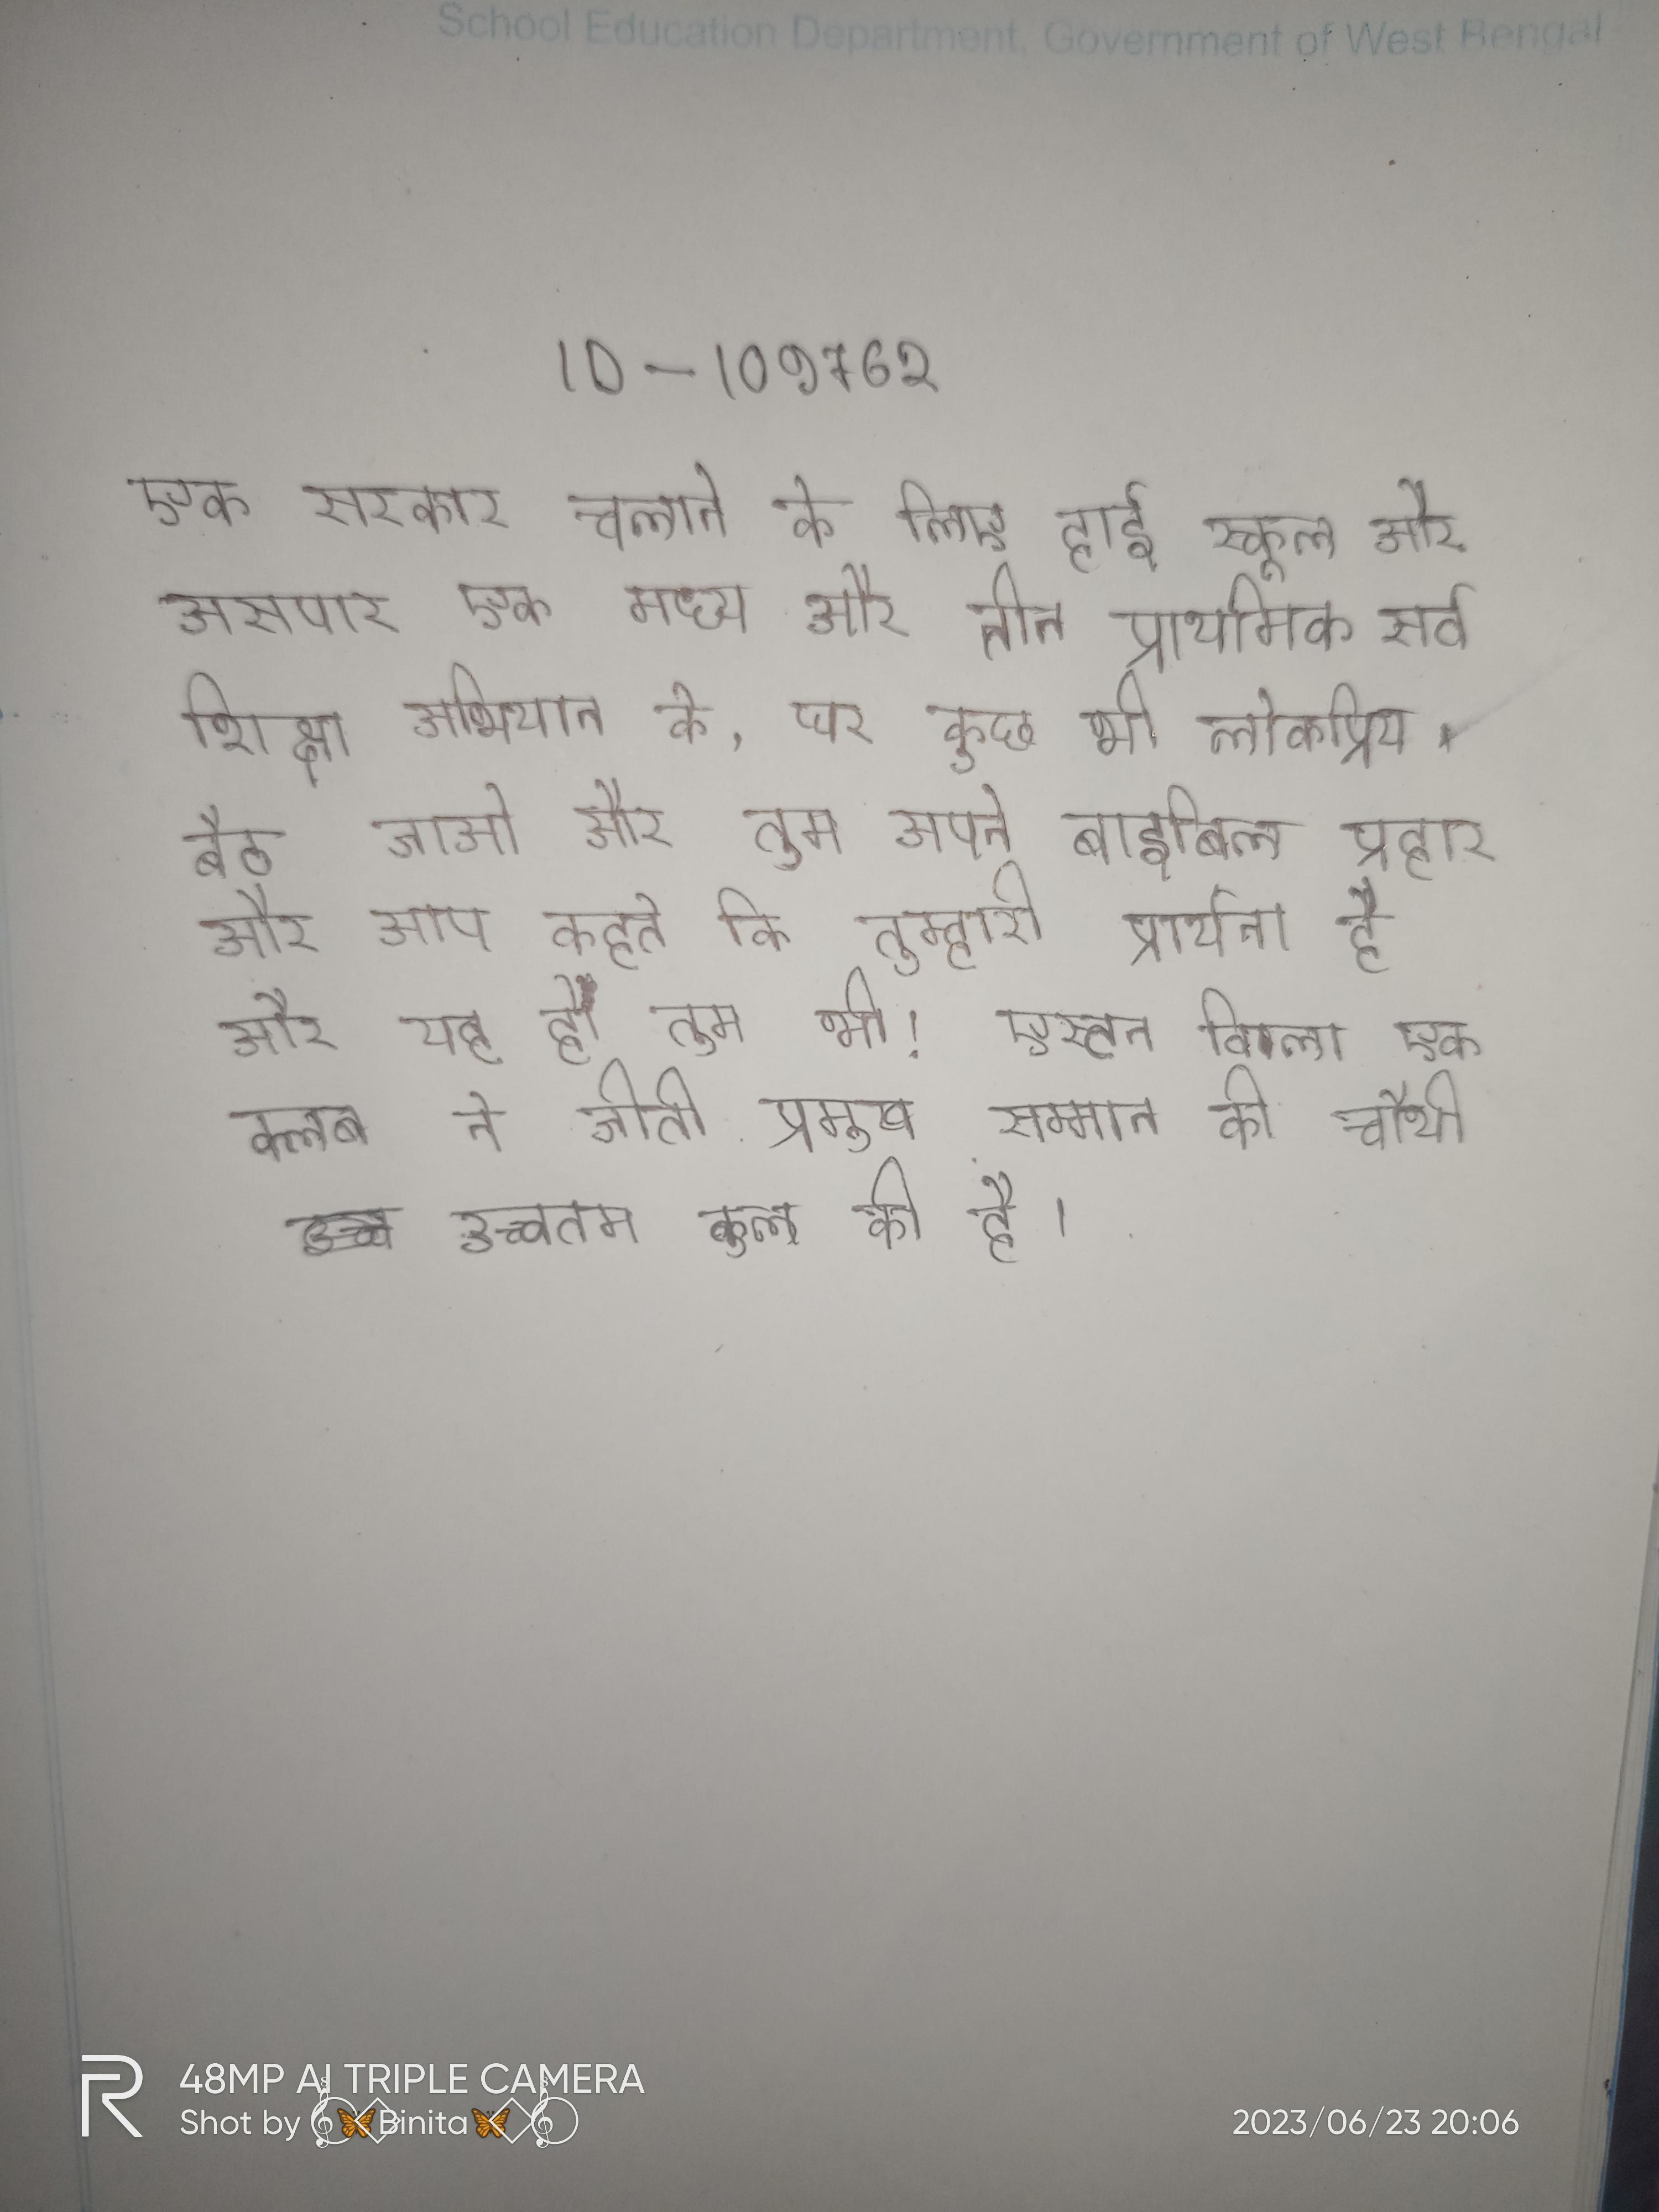
एक सरकार चलाने के लिए हाई स्कूल और आसपास एक मध्य और तीन प्राथमिक सर्व शिक्षा अभियान के . घर कुछ भी लोकप्रिय । बैठ जाओ और तुम अपने बाइबिल प्रहार और आप कहते कि तुम्हारी प्रार्थना है और यह हो तुम भी! एस्टन विला एक क्लब ने जीती प्रमुख सम्मान की चौथी उच्चतम कुल की है ।